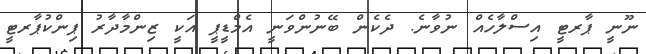
ނޫނީ ޕާރޓީ އިސްލާހެއް ނުވާނެ. ދެކެން ބޭނުންވަނީ އެމްޑީޕީ އަކީ ޒިންމާދާރު ޕިންކުޕާރޓީ